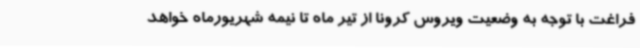
فراغت با توجه به وضعیت ویروس کرونا از تیر ماه تا نیمه شهریورماه خواهد